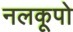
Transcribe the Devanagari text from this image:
नलकूपो